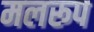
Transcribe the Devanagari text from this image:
मलरूप